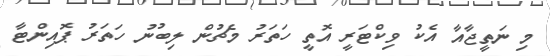
މި ނަތީޖާއާ އެކު ވިކްޓަރީ އޮތީ ހަތަރު މެޗުން ލިބުނު ހަތަރު ޕޮއިންޓާ